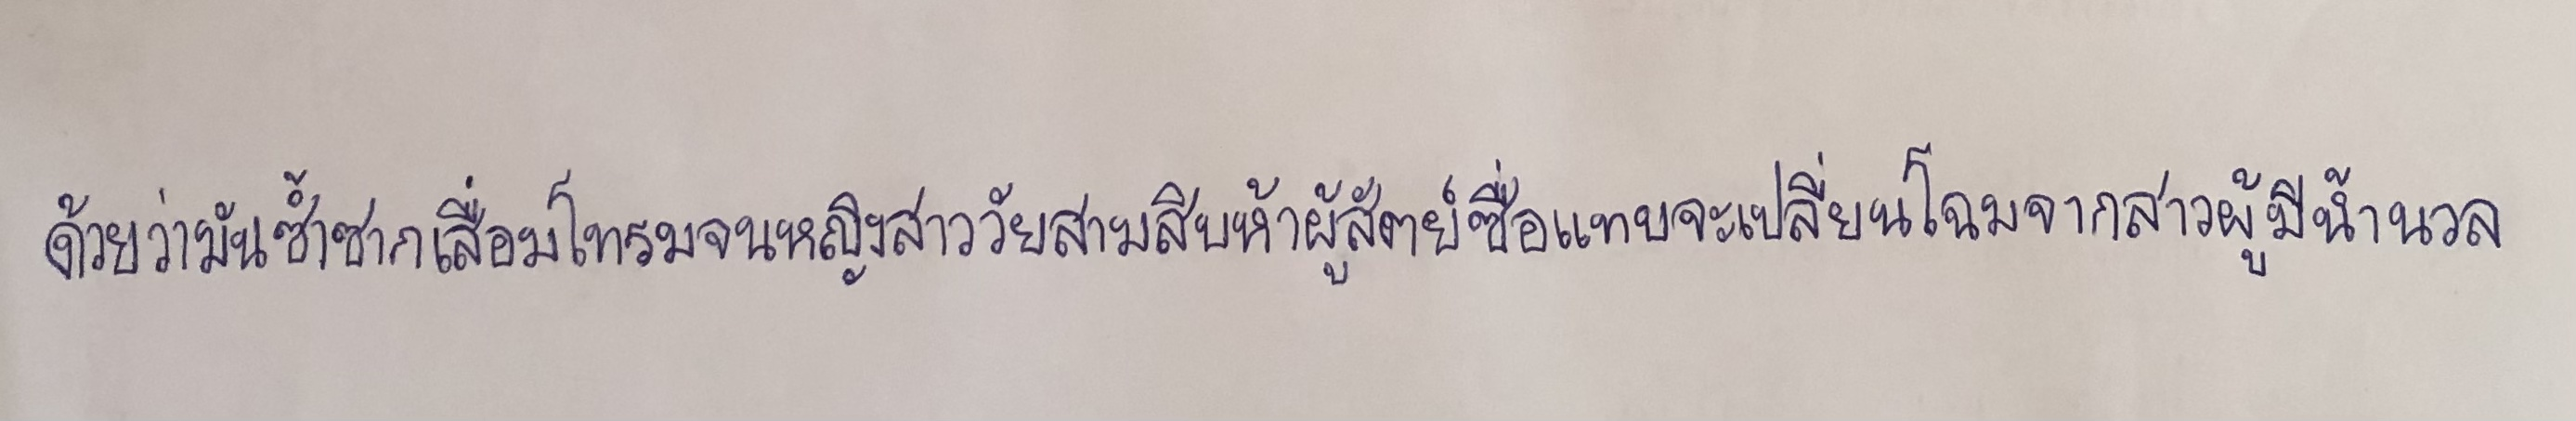
ด้วยว่ามันซ้ำซากเสื่อมโทรมจนหญิงสาววัยสามสิบห้าผู้สัตย์ซื่อแทบจะเปลี่ยนโฉมจากสาวผู้มีน้ำนวล